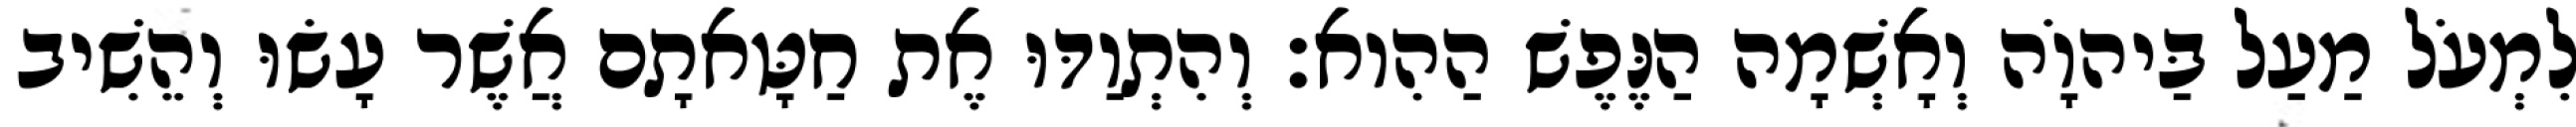
לִמְעֹל מַעַל בַּיהוָֹה וְאָשְׁמָה הַנֶּפֶשׁ הַהִוא׃ וְהִתְוַדּוּ אֶת חַטָּאתָם אֲשֶׁר עָשׂוּ וְהֵשִׁיב